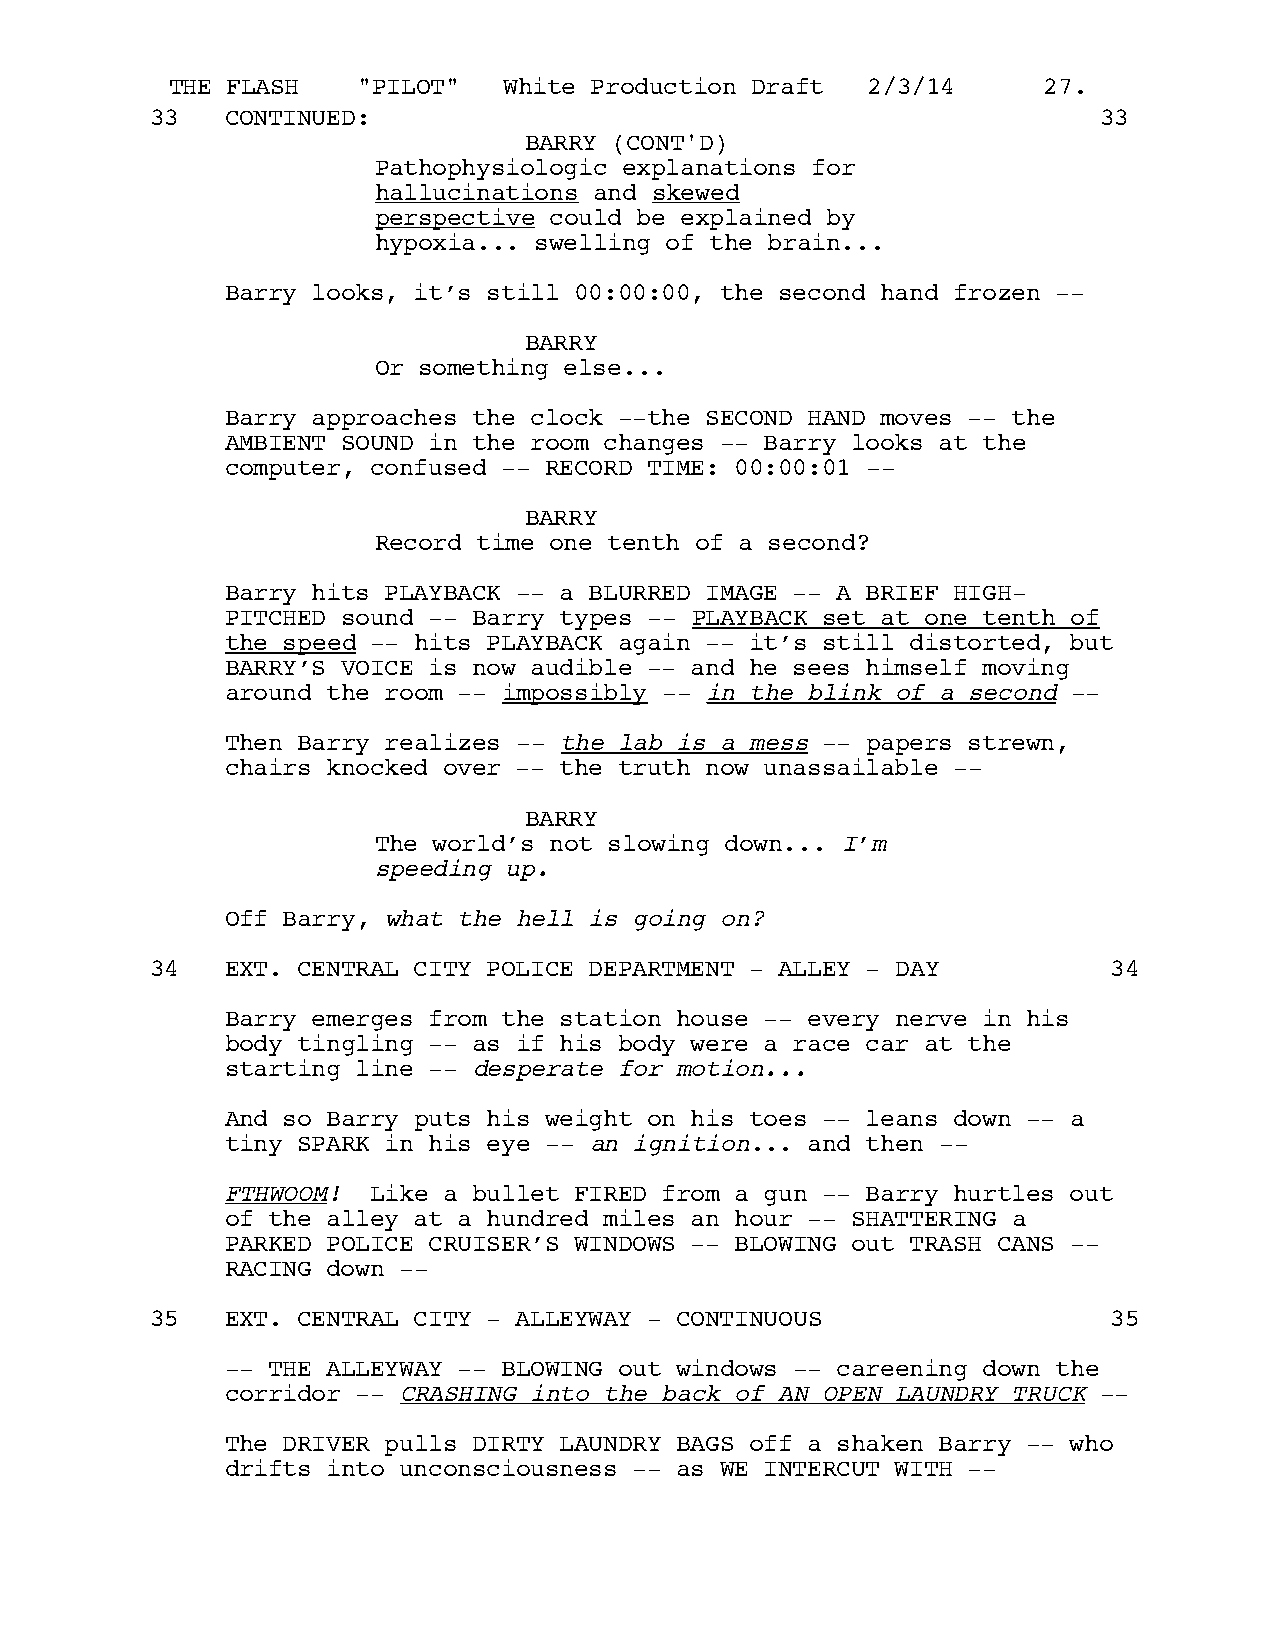
THE FLASH    "PILOT"  White Production Draft  2/3/14      27.
 33   CONTINUED:                                                33
 BARRY (CONT'D)
 Pathophysiologic explanations for
 hallucinations and skewed
 perspective could be explained by
 hypoxia... swelling of the brain...
 Barry looks, it’s still 00:00:00, the second hand frozen --
 BARRY
 Or something else...
 Barry approaches the clock --the SECOND HAND moves -- the
 AMBIENT SOUND in the room changes -- Barry looks at the
 computer, confused -- RECORD TIME: 00:00:01 --
 BARRY
 Record time one tenth of a second?
 Barry hits PLAYBACK -- a BLURRED IMAGE -- A BRIEF HIGH-
 PITCHED sound -- Barry types -- PLAYBACK set at one tenth of
 the speed -- hits PLAYBACK again -- it’s still distorted, but
 BARRY’S VOICE is now audible -- and he sees himself moving
 around the room -- impossibly -- in the blink of a second --
 Then Barry realizes -- the lab is a mess -- papers strewn,
 chairs knocked over -- the truth now unassailable --
 BARRY
 The world’s not slowing down... I’m
 speeding up.
 Off Barry, what the hell is going on?
 34   EXT. CENTRAL CITY POLICE DEPARTMENT - ALLEY - DAY          34
 Barry emerges from the station house -- every nerve in his
 body tingling -- as if his body were a race car at the
 starting line -- desperate for motion...
 And so Barry puts his weight on his toes -- leans down -- a
 tiny SPARK in his eye -- an ignition... and then --
 FTHWOOM!  Like a bullet FIRED from a gun -- Barry hurtles out
 of the alley at a hundred miles an hour -- SHATTERING a
 PARKED POLICE CRUISER’S WINDOWS -- BLOWING out TRASH CANS --
 RACING down --
 35   EXT. CENTRAL CITY - ALLEYWAY - CONTINUOUS                  35
 -- THE ALLEYWAY -- BLOWING out windows -- careening down the
 corridor -- CRASHING into the back of AN OPEN LAUNDRY TRUCK --
 The DRIVER pulls DIRTY LAUNDRY BAGS off a shaken Barry -- who
 drifts into unconsciousness -- as WE INTERCUT WITH --